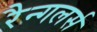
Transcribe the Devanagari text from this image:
रैन्गलर्स